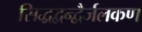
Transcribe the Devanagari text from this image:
सिद्धद्वन्द्वैर्जलकण